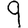
Digit: 9